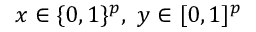
x \in \{ 0 , 1 \} ^ { p } , \ y \in [ 0 , 1 ] ^ { p }